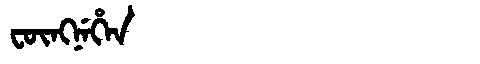
Manchu: ᡶᡡᠩᠨᡝᡥᡝᠨ
Romanization: FŪNGNEHEN